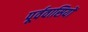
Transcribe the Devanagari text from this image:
पूर्ववासियों